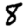
Digit: 8